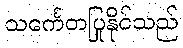
သင်္ကေတပြုနိုင်သည်